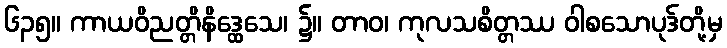
၆၃၅။ ကာယဝိညတ္တိနိဒ္ထေသေ၊ ၌။ တာဝ၊ ကုလသစိတ္တဿ ဝါစသောပုဒ်တို့မှ